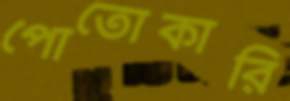
পোতোকারি